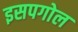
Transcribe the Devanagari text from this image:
इसपगोल